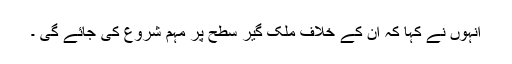
انہوں نے کہا کہ اُن کے خلاف ملک گیر سطح پر مہم شروع کی جائے گی ۔